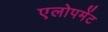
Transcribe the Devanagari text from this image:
एलोपमेंट